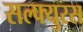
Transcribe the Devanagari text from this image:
सल्फ्युरस